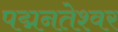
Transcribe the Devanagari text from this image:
पद्मनतेश्वर